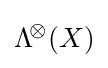
\mathrm {\Lambda } ^{\!\otimes }\!\left(X\right)